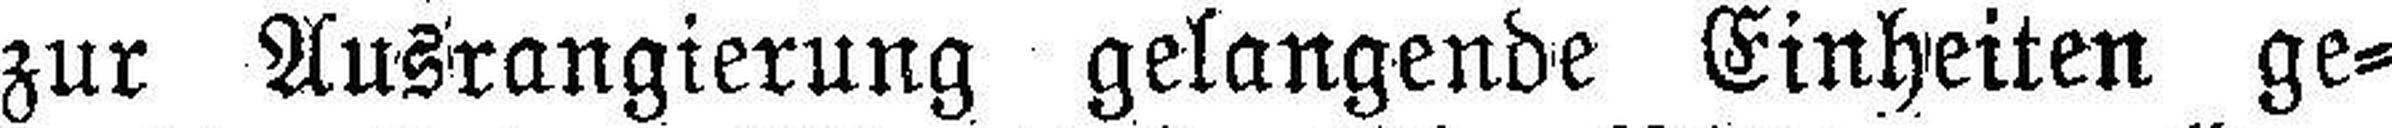
zur Ausrangierung gelangende Einheiten ge¬